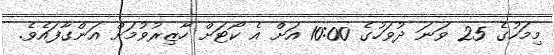
މިމަހުގެ 25 ވަނަ ދުވަހުގެ 10:00 އަށް އެ ކޯޓަށް ހާޒިރުވުމަށް އަންގާފައެވެ.